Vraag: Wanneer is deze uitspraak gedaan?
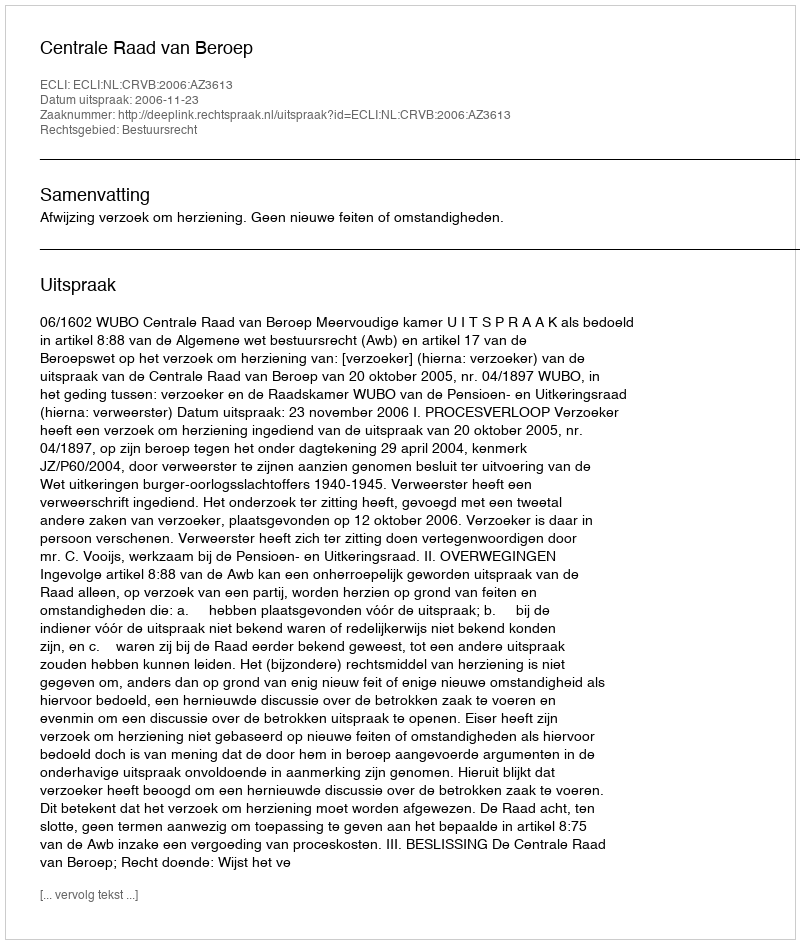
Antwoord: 2006-11-23